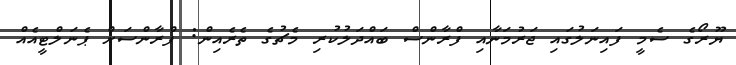
ޔޫރޯގެ ސެމީ ފައިނަލުގައި ޖަރުމަނާއި ފްރާންސް ބައްދަލުކުރި މެޗުގެ ތެރެއިން: ފްރާންސަށް ޕެނަލްޓީއެއް